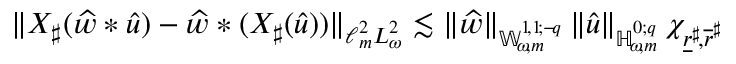
\lVert X _ { \sharp } ( \widehat { w } * { \widehat { u } } ) - \widehat { w } * ( X _ { \sharp } ( { \widehat { u } } ) ) \rVert _ { \ell _ { m } ^ { 2 } L _ { \omega } ^ { 2 } } \lesssim \lVert \widehat { w } \rVert _ { { \mathbb { W } _ { \! \omega \! , m } ^ { 1 \! , 1 \! ; { - \! q } } } } \left\lVert { \widehat { u } } \right\rVert _ { { \mathbb { H } _ { \! \omega \! , m } ^ { 0 ; { q } } } } \chi _ { \underline { { r } } ^ { \sharp } \! , \overline { { r } } ^ { \sharp } }